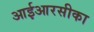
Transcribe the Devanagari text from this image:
आईआरसीका